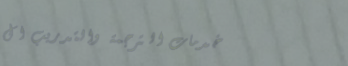
خدمات الترجمة والتدريب ال